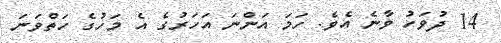
14 ދުވަހު ވާނެ އެވެ. ހަމަ އަންނަ އަހަރުގެ އެ މަހުގެ ހަތްވަނަ